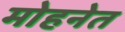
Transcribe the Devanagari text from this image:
मोहनेत